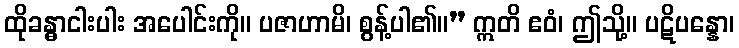
ထိုခန္ဓာငါးပါး အပေါင်းကို။ ပဇာဟာမိ၊ စွန့်ပါ၏။” ဣတိ ဧဝံ၊ ဤသို့။ ပဋိပန္နော၊